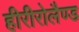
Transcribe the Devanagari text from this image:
हीरीरोलैण्ड